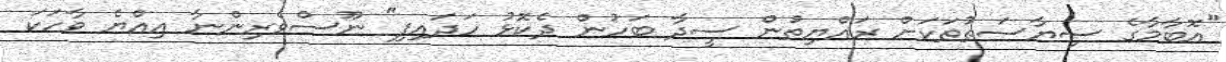
"އޮބާމާގެ ސިޔާސަތުތަކަށް ރައްޔިތުން ސީދާ ބަހުން ދެކޮޅު ހަދައިފި" ނޫސްވެރިންނާ އިއްޔެ ވާހަކަ